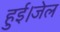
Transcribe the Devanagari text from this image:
हुई।जेल